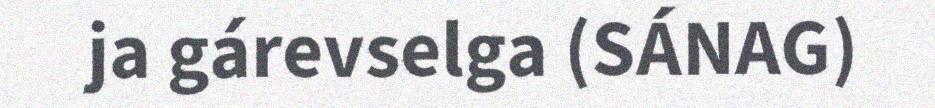
ja gárevselga (SÁNAG)